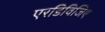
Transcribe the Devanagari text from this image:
एरडिविजिए